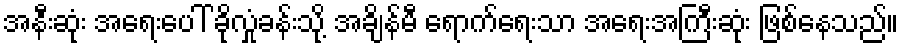
အနီးဆုံး အရေးပေါ် ခိုလှုံခန်းသို့ အချိန်မီ ရောက်ရေးသာ အရေးအကြီးဆုံး ဖြစ်နေသည်။